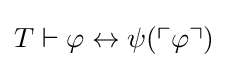
T\vdash \varphi \leftrightarrow \psi (\ulcorner \varphi \urcorner )